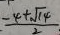
\frac { - 4 + \sqrt { 1 4 } } { 2 }